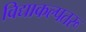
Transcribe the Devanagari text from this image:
विद्याकल्पतरू